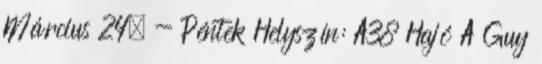
Március 24. - Péntek Helyszín: A38 Hajó A Guy